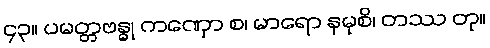
၄၃။ ပမတ္တဗန္ဓု ကဏှော စ၊ မာရော နမုစိ၊ တဿ တု။